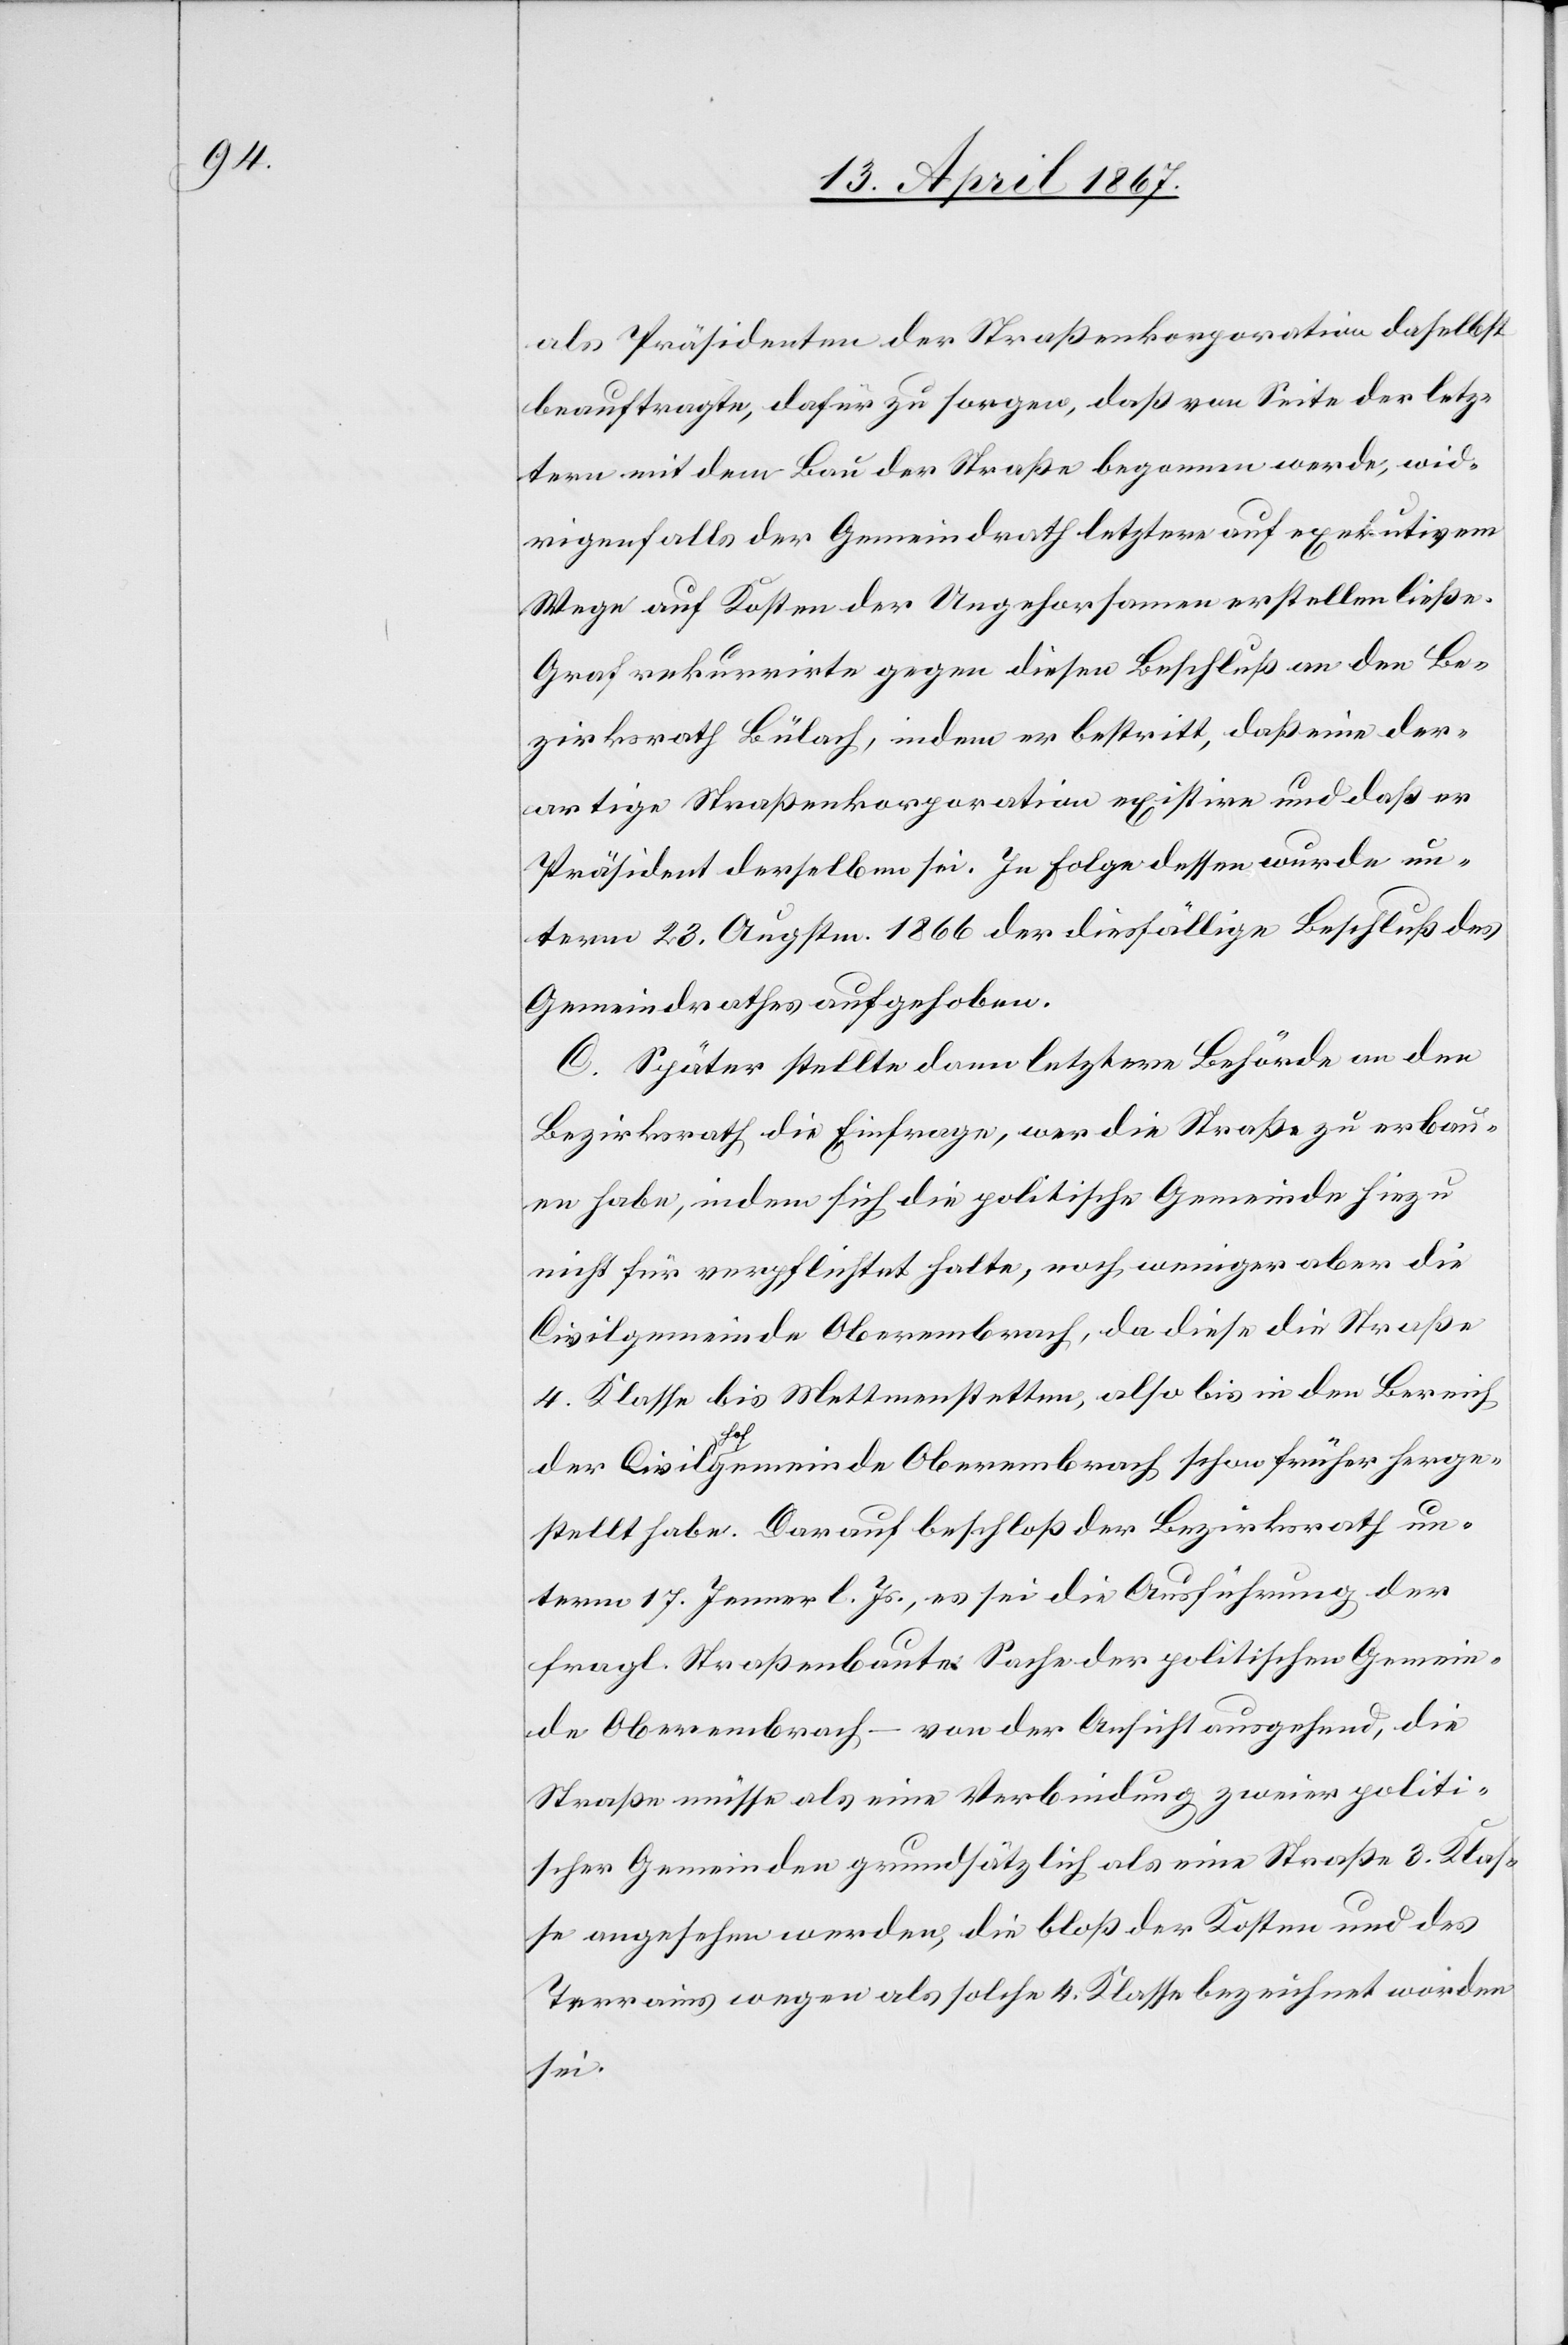
als Präsidenten der Straßenkorporation daselbst
beauftragte, dafür zu sorgen, daß von Seite der letz¬
tern mit dem Bau der Straße begonnen werde, wid¬
rigenfalls der Gemeindrath letztern auf exekutivem
Wege auf Kosten der Ungehorsamen erstellen ließe.
Graf rekurrirte gegen diesen Beschluß an den Be¬
zirksrath Bülach, indem er bestritt, daß eine der¬
artige Straßenkorporation existire und daß er
Präsident derselben sei. In Folge dessen wurde un¬
term 23. Augustm. 1866 der diesfällige Beschluß des
Gemeindrathes aufgehoben.
C. Später stellte dann letztere Behörde an den
Bezirksrath die Einfrage, wer die Straße zu erbau¬
en habe, indem sich die politische Gemeinde hiezu
nicht für verpflichtet halte, noch weniger aber die
Civilgemeinde Oberembrach, da diese die Straße
4. Klasse bis Mettmenstetten, also bis in den Bereich
der Civilhofgemeinde Oberembrach schon früher herge¬
stellt habe. Darauf beschloß der Bezirksrath un¬
term 17. Jenner l. Js., es sei die Ausführung der
fragl. Straßenbaute Sache der politischen Gemein¬
de Oberembrach – von der Ansicht ausgehend, die
Straße müsse als eine Verbindung zweier politi¬
scher Gemeinden grundsätzlich als eine Straße 3. Klas¬
se angesehen werden, die bloß der Kosten und des
Terrains wegen als solche 4. Klasse bezeichnet worden
sei.